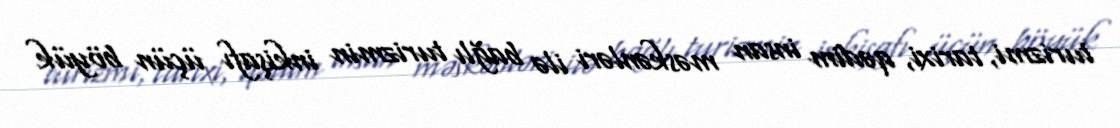
turizmi, tarixi, qədim insan məskənləri ilə bağlı turizmin inkişafı üçün böyük